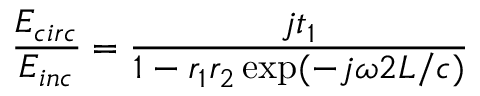
\frac { E _ { c i r c } } { E _ { i n c } } = \frac { j t _ { 1 } } { 1 - r _ { 1 } r _ { 2 } \exp ( - j \omega 2 L / c ) }